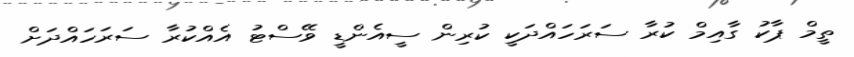
ތީމް ޕާކު ގާއިމް ކުރާ ސަރަހައްދަކީ ކުރިން ސީއެންޑީ ވޭސްޓު އެއްކުރާ ސަރަހައްދަށް